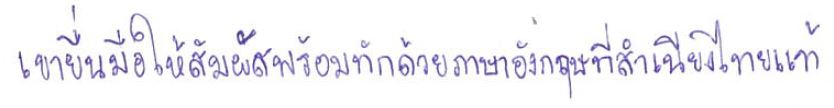
เขายื่นมือให้สัมผัสพร้อมทักด้วยภาษาอังกฤษที่สำเนียงไทยแท้ๆ